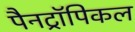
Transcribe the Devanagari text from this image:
पैनट्रॉपिकल